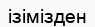
ізімізден